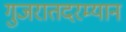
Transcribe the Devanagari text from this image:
गुजरातदरम्यान